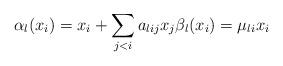
LaTeX: \begin{align*} \alpha_l(x_i)=x_i+\sum_{j<i}a_{lij}x_j \beta_l(x_i)=\mu_{li}x_i \end{align*}